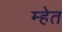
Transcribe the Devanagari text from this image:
म्हेत